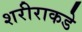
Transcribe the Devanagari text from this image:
शरीराकडे